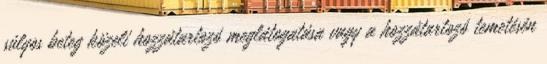
súlyos beteg közeli hozzátartozó meglátogatása vagy a hozzátartozó temetésén